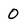
Character: 0